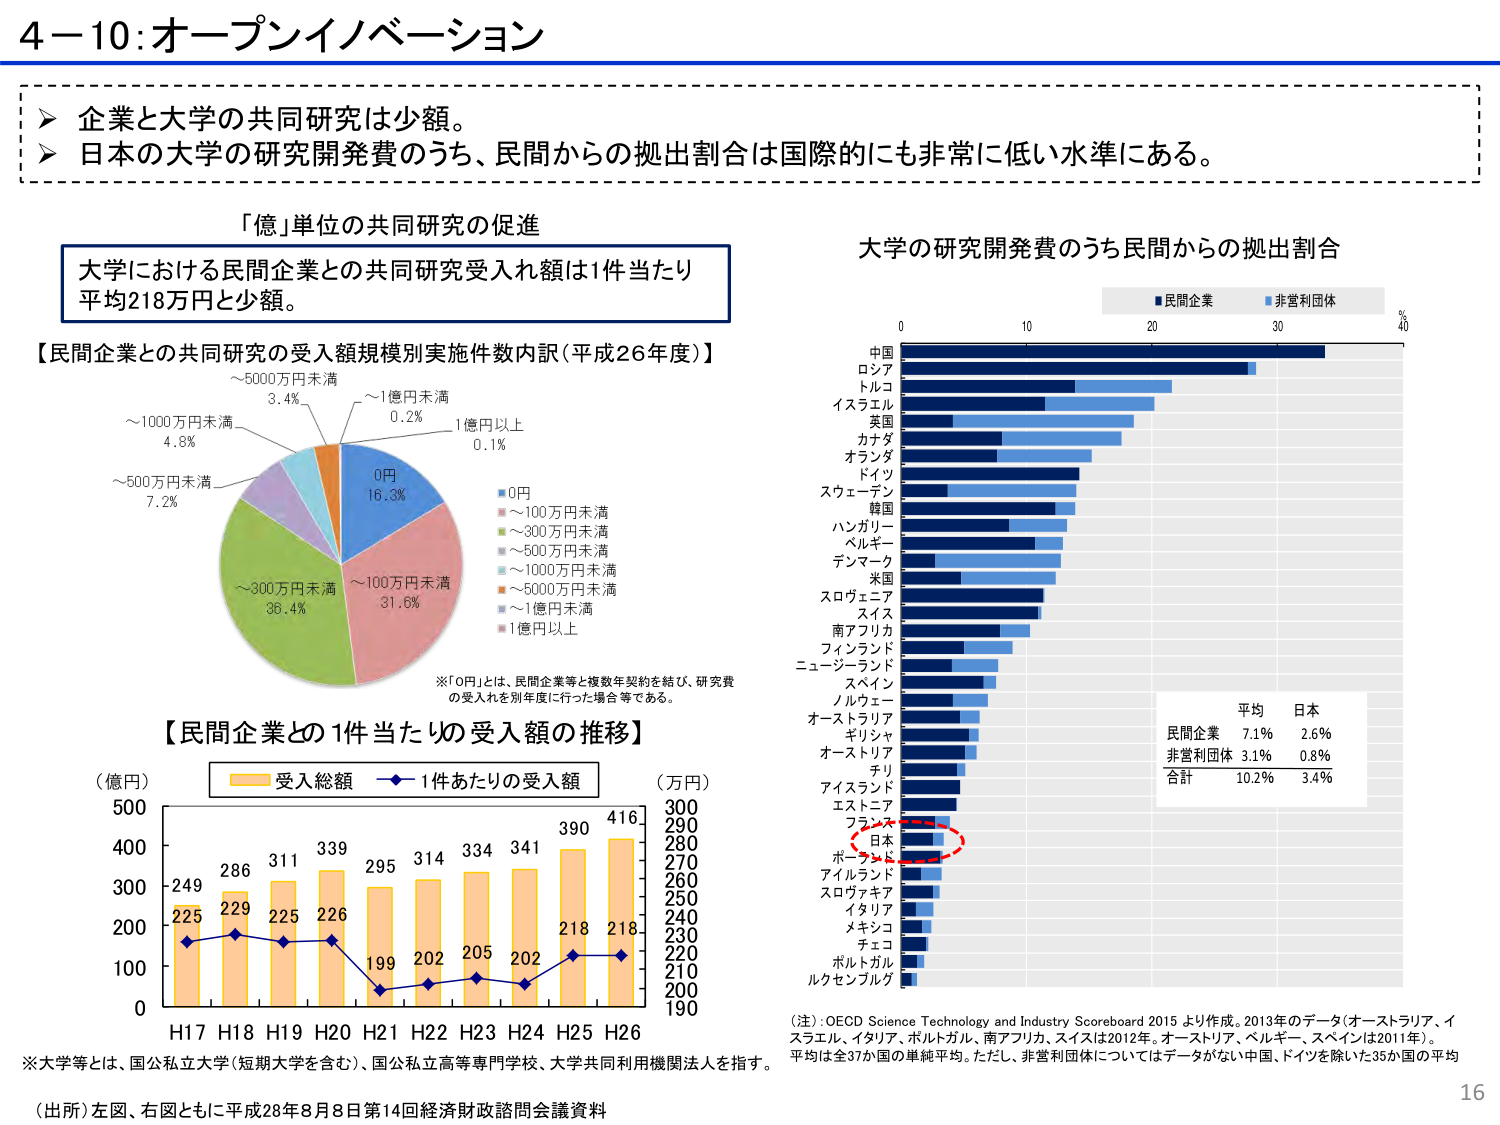
4－10：オープンイノベーション

▶ 企業と大学の共同研究は少額。
▶ 日本の大学の研究開発費のうち、民間からの拠出割合は国際的にも非常に低い水準にある。

「億」単位の共同研究の促進
大学における民間企業との共同研究受入れ額は1件当たり平均218万円と少額。

【民間企業との共同研究の受入額規模別実施件数内訳（平成26年度）】
～5000万円未満 3.4%
～1億円未満 0.2%
1億円以上 0.1%
～1000万円未満 4.8%
～500万円未満 7.2%
0円 16.3%
～300万円未満 36.4%
～100万円未満 31.6%

■0円
■～100万円未満
■～300万円未満
■～500万円未満
■～1000万円未満
■～5000万円未満
■～1億円以上

※「0円」とは、民間企業等と複数年契約を結び、研究費の受入れを別年度に行った場合等である。

【民間企業との1件当たりの受入額の推移】
（億円）  （万円）
500 300
400 290
300 280
200 270
100 260
0 250
    240
    230
    220
    210
    200
    190

H17 249 225
H18 286 229
H19 311 225
H20 339 226
H21 295 199
H22 314 202
H23 334 205
H24 341 202
H25 390 218
H26 416 218

■受入総額
■1件あたりの受入額

※大学等とは、国公私立大学（短期大学を含む）、国公私立高等専門学校、大学共同利用機関法人を指す。

大学の研究開発費のうち民間からの拠出割合
■民間企業 ■非営利団体
% 0 10 20 30 40

中国
ロシア
トルコ
イスラエル
英国
カナダ
オランダ
ドイツ
スウェーデン
韓国
ハンガリー
ベルギー
デンマーク
米国
スロヴェニア
スイス
南アフリカ
フィンランド
ニュージーランド
スペイン
ノルウェー
オーストラリア
ギリシャ
オーストリア
チリ
アイスランド
エストニア
フランス
日本
ポーランド
アイルランド
スロヴァキア
イタリア
メキシコ
チェコ
ルクセンブルグ
ボルトガル

平均 日本
民間企業 7.1% 2.6%
非営利団体 3.1% 0.8%
合計 10.2% 3.4%

（注）：OECD Science Technology and Industry Scoreboard 2015 より作成。2013年のデータ（オーストラリア、イスラエル、イタリア、ボルトガル、南アフリカ、スイスは2012年。オーストリア、ベルギー、スペインは2011年）。平均は全37か国の単純平均。ただし、非営利団体についてはデータがない中国、ドイツを除いた35か国の平均

（出所）左図、右図ともに平成28年8月8日第14回経済財政諮問会議資料

16